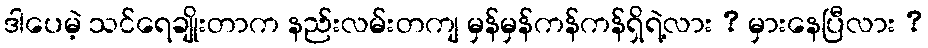
ဒါပေမဲ့ သင်ရေချိုးတာက နည်းလမ်းတကျ မှန်မှန်ကန်ကန်ရှိရဲ့လား ? မှားနေပြီလား ?